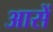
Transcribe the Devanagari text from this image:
आसें